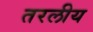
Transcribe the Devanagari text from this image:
तरलीय